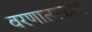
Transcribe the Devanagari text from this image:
वरणात्मकता